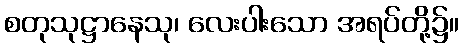
စတုသုဋ္ဌာနေသု၊ လေးပါးသော အရပ်တို့၌။